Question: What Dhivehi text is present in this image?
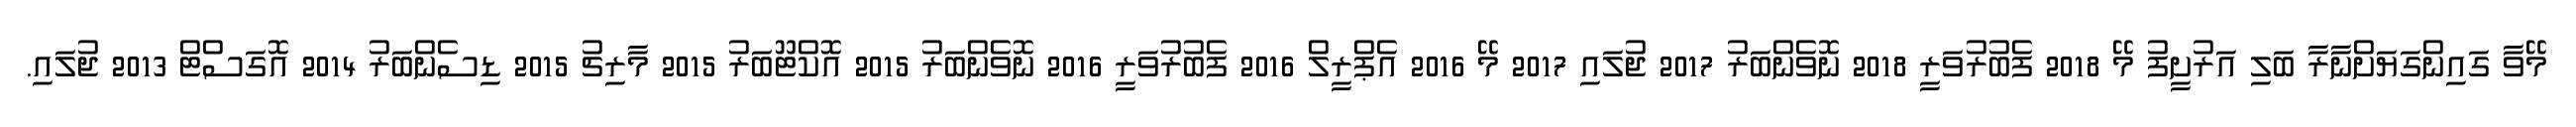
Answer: މޭވާ ގައިންގަޔަށްނާރާ ބަލި އަރުށީފު މޭ 2018 ފެބުރުވަރީ 2018 ނޮވެންބަރު 2017 ޖުލައި 2017 މޭ 2016 އެޕްރީލް 2016 ފެބުރުވަރީ 2016 ނޮވެންބަރު 2015 އޮކްޓޫބަރު 2015 މާރިޗު 2015 ޑިސެންބަރު 2014 އޮގަސްޓް 2013 ޖުލައި.